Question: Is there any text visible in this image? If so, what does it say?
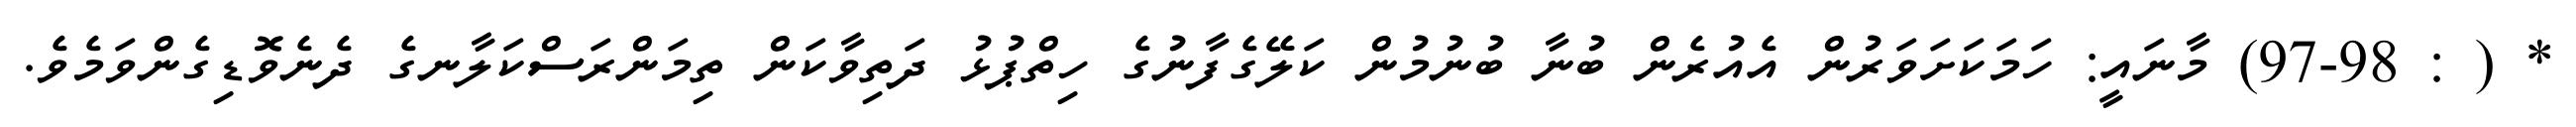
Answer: * ( : 97-98) މާނައީ: ހަމަކަށަވަރުން އެއުރެން ބުނާ ބުނުމުން ކަލޭގެފާނުގެ ހިތްޕުޅު ދަތިވާކަން ތިމަންރަސްކަލާނގެ ދެނެވޮޑިގެންވަމެވެ.